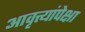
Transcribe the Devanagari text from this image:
आवृत्त्यांपेक्षा